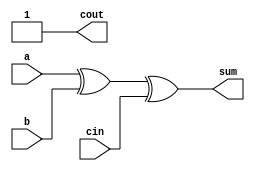
module full_adder6(a,b,cin,sum,cout);
input a,b,cin;
output sum,cout;
assign sum = a^b^cin;
assign cout = 1'b1; 
// initial begin
//     $display("The incorrect adder with or1 having out/1");
// end   
endmodule